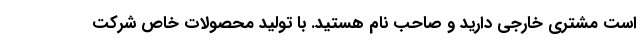
است مشتری خارجی دارید و صاحب نام هستید. با تولید محصولات خاص شرکت